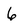
Character: 6